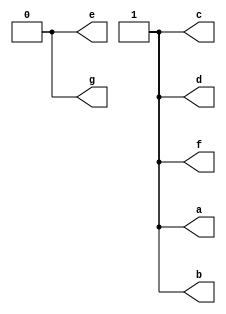
//CH2_SEG_DECODER.V

module CH2_SEG_DECODER(
	a, b, c, d, e, f, g
);

output a, b, c, d, e, f, g;

reg [6:0] decode = 7'b1111010;

assign {a, b, c, d, e, f, g} = decode;	//7

endmodule